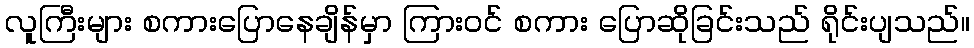
လူကြီးများ စကားပြောနေချိန်မှာ ကြားဝင် စကား ပြောဆိုခြင်းသည် ရိုင်းပျသည်။